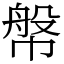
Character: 幋